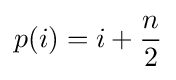
p(i)=i+{\frac {n}{2}}